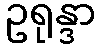
ဥရုန္ဒာ